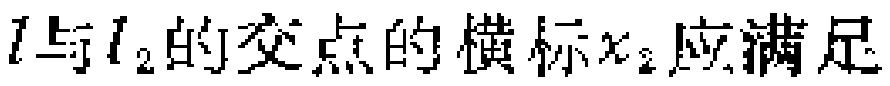
$l与l_{2}的交点的横标x_{2}应满足$